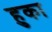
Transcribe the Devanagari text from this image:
हुका